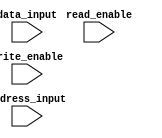
module flash_rom (
    input wire [7:0] data_input,
    input wire [15:0] address_input,
    input wire read_enable,
    input wire write_enable
);

reg [7:0] memory [0:65535];

always @ (posedge write_enable)
begin
    memory[address_input] <= data_input;
end

always @ (posedge read_enable)
begin
    $display("Data read from memory at address %d: %d", address_input, memory[address_input]);
end

endmodule